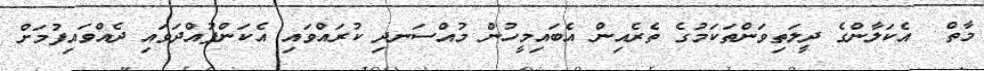
މާތް  އެކަލާންގެ ދީލަތިވަންތަކަމުގެ ތެރެއިން އެބައިމީހުން މުއްސަނދި ކުރައްވައި އެކަންފުއްދަވައި ދެއްވައިފުމަށް